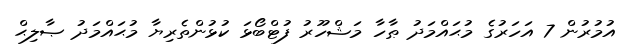
އުމުރުން 7 އަހަރުގެ މުޙައްމަދު ޠާހާ މަޝްހޫރު ފުޓްބޯޅަ ކުޅުންތެރިޔާ މުޙައްމަދު ޞާލިޙް